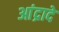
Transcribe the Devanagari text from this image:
आंद्रादे